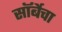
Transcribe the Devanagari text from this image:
सॉर्बेचा